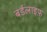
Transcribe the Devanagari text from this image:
बर्डलाइफ़